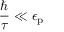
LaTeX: { \frac { \hbar } { \tau } } \ll \epsilon _ { \mathrm { { p } } }